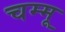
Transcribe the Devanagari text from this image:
चम्मू